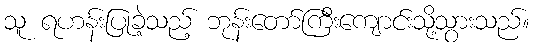
သူ ရဟန်းပြုခဲ့သည့် ဘုန်းတော်ကြီးကျောင်းသို့သွားသည်။